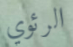
الرئوي